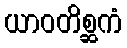
ယာဝတိစ္ဆကံ